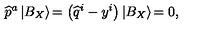
\widehat { p } ^ { a } \left| B _ { X } \right\rangle \! = \left( \widehat { q } ^ { i } - y ^ { i } \right) \left| B _ { X } \right\rangle \! = 0 ,